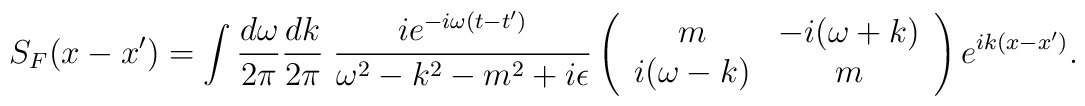
S_F(x-x')= \int \frac{d\omega}{2\pi} \frac{dk}{2\pi}\;    \frac{i e^{-i\omega (t -t')}}{\omega{}^2 - k{}^2 - m^2 +    i\epsilon} \left(    \begin{array}{cc} m & -i(\omega +k) \\ i(\omega -k) & m \\    \end{array} \right) e^{ik(x -x')}.